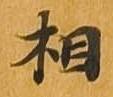
相